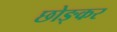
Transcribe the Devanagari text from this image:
छोङ्कर